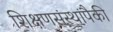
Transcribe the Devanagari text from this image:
शिक्षणसंस्थांपैकी